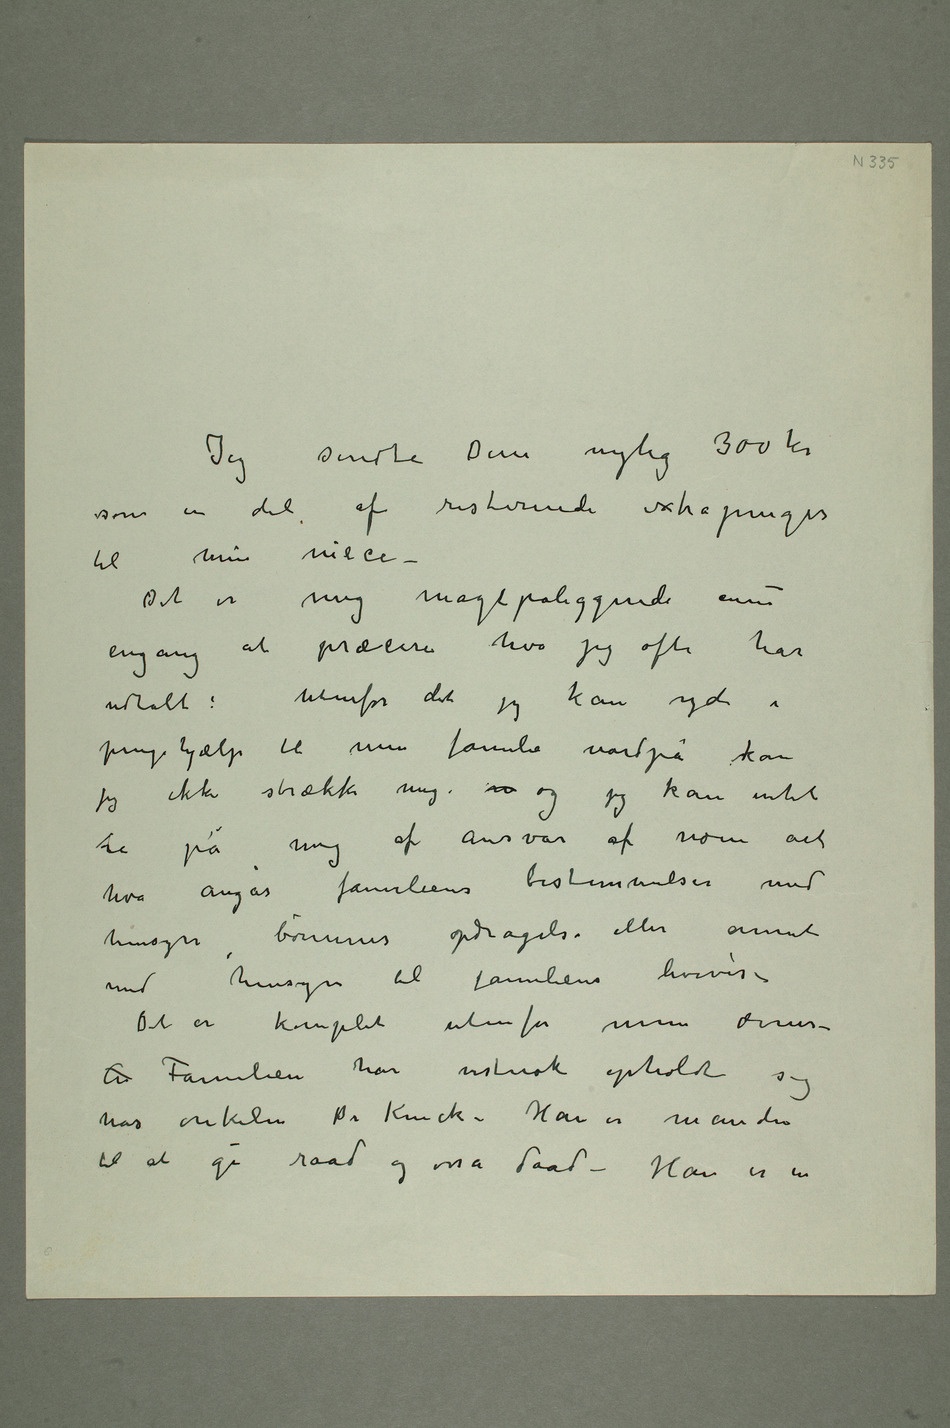
Jeg sendte Dem nylig 300 kr
som en del af resterende extrapenger
til min niece –
Det er mig magtpåliggende ennu
engang at præcisere hva jeg ofte har
udtalt: Utenfor det jeg kan yde i
pengehjælp til min familie nordpå skan
jeg ikke strække mig  og jeg kan intet
ta på mig af ansvar af noen art
hva angår familiens bestemmelser med
hensyn børnenes opdragelse eller annet
med hensyn til familiens levevis –
Det er komplet utenfor mine ævner –
A Familien har vistnok opholdt sig
hos onkelen Dr Kinck – Han er manden
til at gi raad og osså daad – Han er en